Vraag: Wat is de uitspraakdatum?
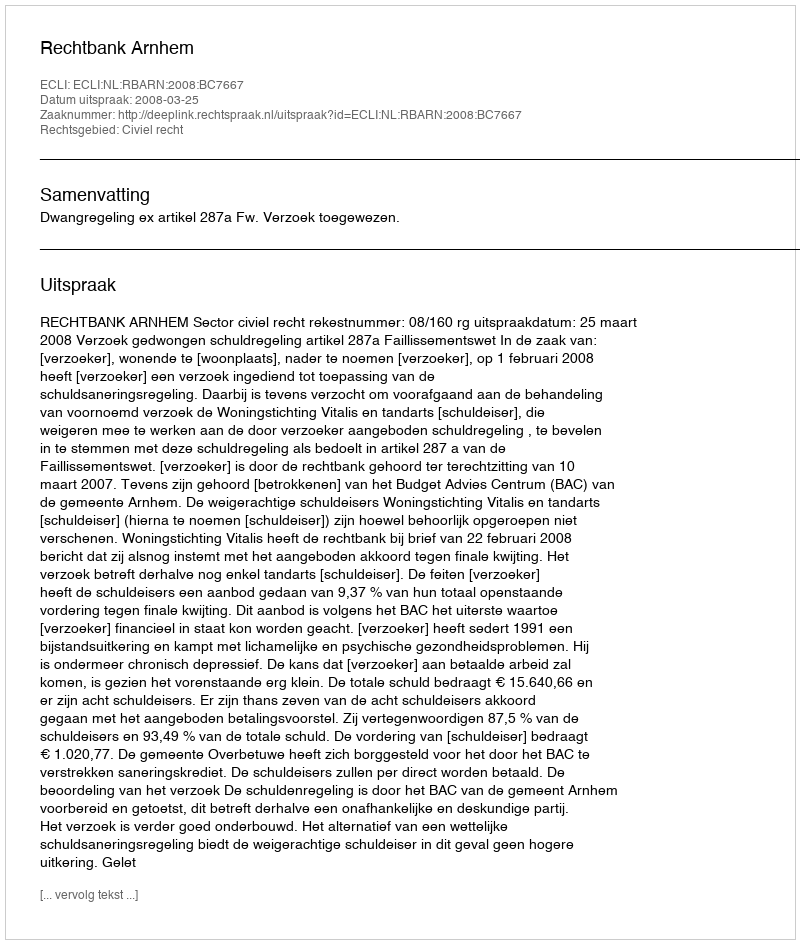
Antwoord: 2008-03-25